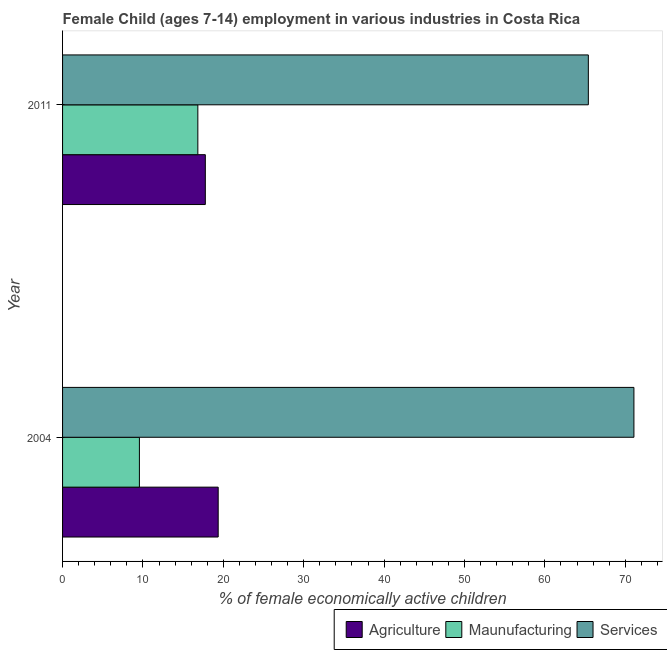
| Year | Agriculture | Maunufacturing | Services |
 | --- | --- | --- | --- |
 | 2004 | 19.4 | 9.56 | 71.1 |
 | 2011 | 17.8 | 16.8 | 65.4 |